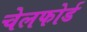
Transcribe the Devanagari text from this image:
चेलफोर्ड